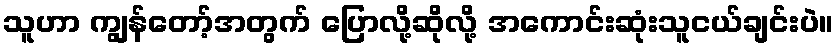
သူဟာ ကျွန်တော့်အတွက် ပြောလို့ဆိုလို့ အကောင်းဆုံးသူငယ်ချင်းပဲ။